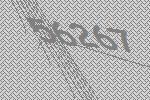
56267